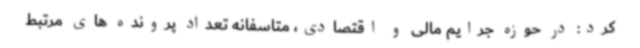
کرد: در حوزه جرایم مالی و اقتصادی، متاسفانه تعداد پرونده های مرتبط